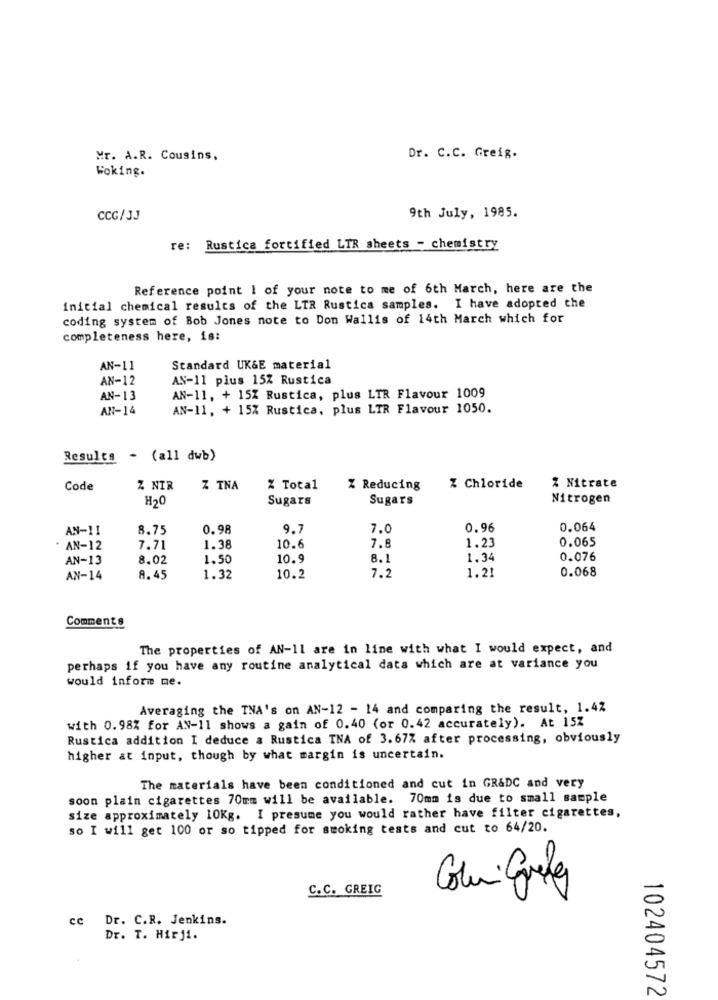
Mr. A.R. Cousins.
Dr. C.C. Greig.
Woking.
CCG/JJ
9th July, 1985.
re: Rustica fortified LTR sheets - chemistry
Reference point I of your note to me of 6th March, here are the
initial chemical results of the LTR Rustica samples. I have adopted the
coding system of Bob Jones note to Don Wallis of 14th March which for
completeness here, is:
AN-11
Standard UK&E material
AN-12
AN-11 plus 15% Rustica
AN-13
AN-11, + 15% Rustica, plus LTR Flavour 1009
AN-14
AN-11, + 15% Rustica, plus LIR Flavour 1050.
Results - (all dwb)
Code
Z NIR
Z TNA
% Total
Z Reducing
% Chloride
Z Nitrate
H20
Sugars
Sugars
Nitrogen
AN-11
8.75
0.98
9.7
7.0
0.96
0.064
1.23
0.065
. AN-12
7.71
1.38
10.6
7.8
AN-13
8.02
1.50
10.9
8.1
1.34
0.076
1.21
0.068
AN-14
8.45
1.32
10.2
7.2
Comments
The properties of AN-11 are in line with what I would expect, and
perhaps if you have any routine analytical data which are at variance you
would inform me.
Averaging the TNA's on AN-12 - 14 and comparing the result, 1.42
with 0.98% for AN-11 shows a gain of 0.40 (or 0.42 accurately). At 15Z
Rustica addition I deduce a Rustica TNA of 3.67% after processing, obviously
higher at input, though by what margin is uncertain.
The materials have been conditioned and cut in GR&DC and very
soon plain cigarettes 70mm will be available. 70mm is due to small sample
size approximately 10Kg. I presume you would rather have filter cigarettes,
so I will get 100 or so tipped for smoking tests and cut to 64/20.
Colui Greta
C.C. GREIG
cc Dr. C.R. Jenkins.
Dr. T. Hirji.
102404572